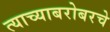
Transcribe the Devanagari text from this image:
त्याच्याबरोबरचे